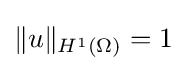
\|u\|_{H^{1}(\Omega )}=1